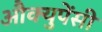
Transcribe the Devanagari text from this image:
औक्युपेंसी